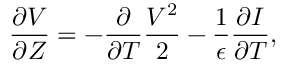
\frac { \partial V } { \partial Z } = - \frac { \partial } { \partial T } \frac { V ^ { 2 } } { 2 } - \frac { 1 } { \epsilon } \frac { \partial I } { \partial T } ,